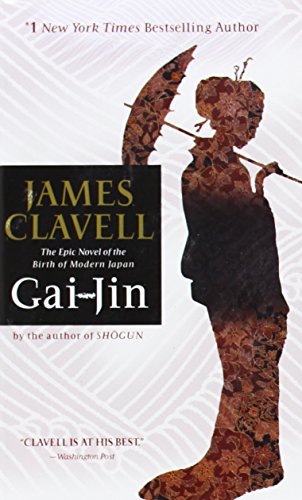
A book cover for Gai-Jin; James Clavell; Romance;